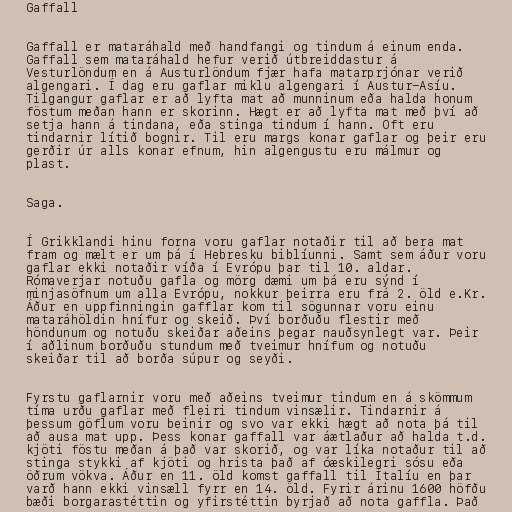
Gaffall

Gaffall er mataráhald með handfangi og tindum á einum enda.
Gaffall sem mataráhald hefur verið útbreiddastur á
Vesturlöndum en á Austurlöndum fjær hafa matarprjónar verið
algengari. Í dag eru gaflar miklu algengari í Austur-Asíu.
Tilgangur gaflar er að lyfta mat að munninum eða halda honum
föstum meðan hann er skorinn. Hægt er að lyfta mat með því að
setja hann á tindana, eða stinga tindum í hann. Oft eru
tindarnir lítið bognir. Til eru margs konar gaflar og þeir eru
gerðir úr alls konar efnum, hin algengustu eru málmur og
plast.

Saga.

Í Grikklandi hinu forna voru gaflar notaðir til að bera mat
fram og mælt er um þá í Hebresku biblíunni. Samt sem áður voru
gaflar ekki notaðir víða í Evrópu þar til 10. aldar.
Rómaverjar notuðu gafla og mörg dæmi um þá eru sýnd í
minjasöfnum um alla Evrópu, nokkur þeirra eru frá 2. öld e.Kr.
Áður en uppfinningin gafflar kom til sögunnar voru einu
mataráhöldin hnífur og skeið. Því borðuðu flestir með
höndunum og notuðu skeiðar aðeins þegar nauðsynlegt var. Þeir
í aðlinum borðuðu stundum með tveimur hnífum og notuðu
skeiðar til að borða súpur og seyði.

Fyrstu gaflarnir voru með aðeins tveimur tindum en á skömmum
tíma urðu gaflar með fleiri tindum vinsælir. Tindarnir á
þessum göflum voru beinir og svo var ekki hægt að nota þá til
að ausa mat upp. Þess konar gaffall var áætlaður að halda t.d.
kjöti föstu meðan á það var skorið, og var líka notaður til að
stinga stykki af kjöti og hrista það af óæskilegri sósu eða
öðrum vökva. Áður en 11. öld komst gaffall til Ítalíu en þar
varð hann ekki vinsæll fyrr en 14. öld. Fyrir árinu 1600 höfðu
bæði borgarastéttin og yfirstéttin byrjað að nota gaffla. Það